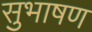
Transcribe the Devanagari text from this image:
सुभाषण